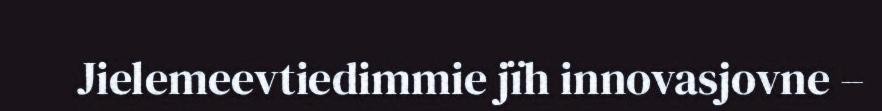
Jielemeevtiedimmie jïh innovasjovne –